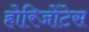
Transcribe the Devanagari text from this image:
होरिजोंटेस